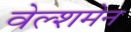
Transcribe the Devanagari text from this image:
वेल्शमेन